65_HS1-834228961_62-HQ-83894_Section_9
Agency: FBI
Page 192
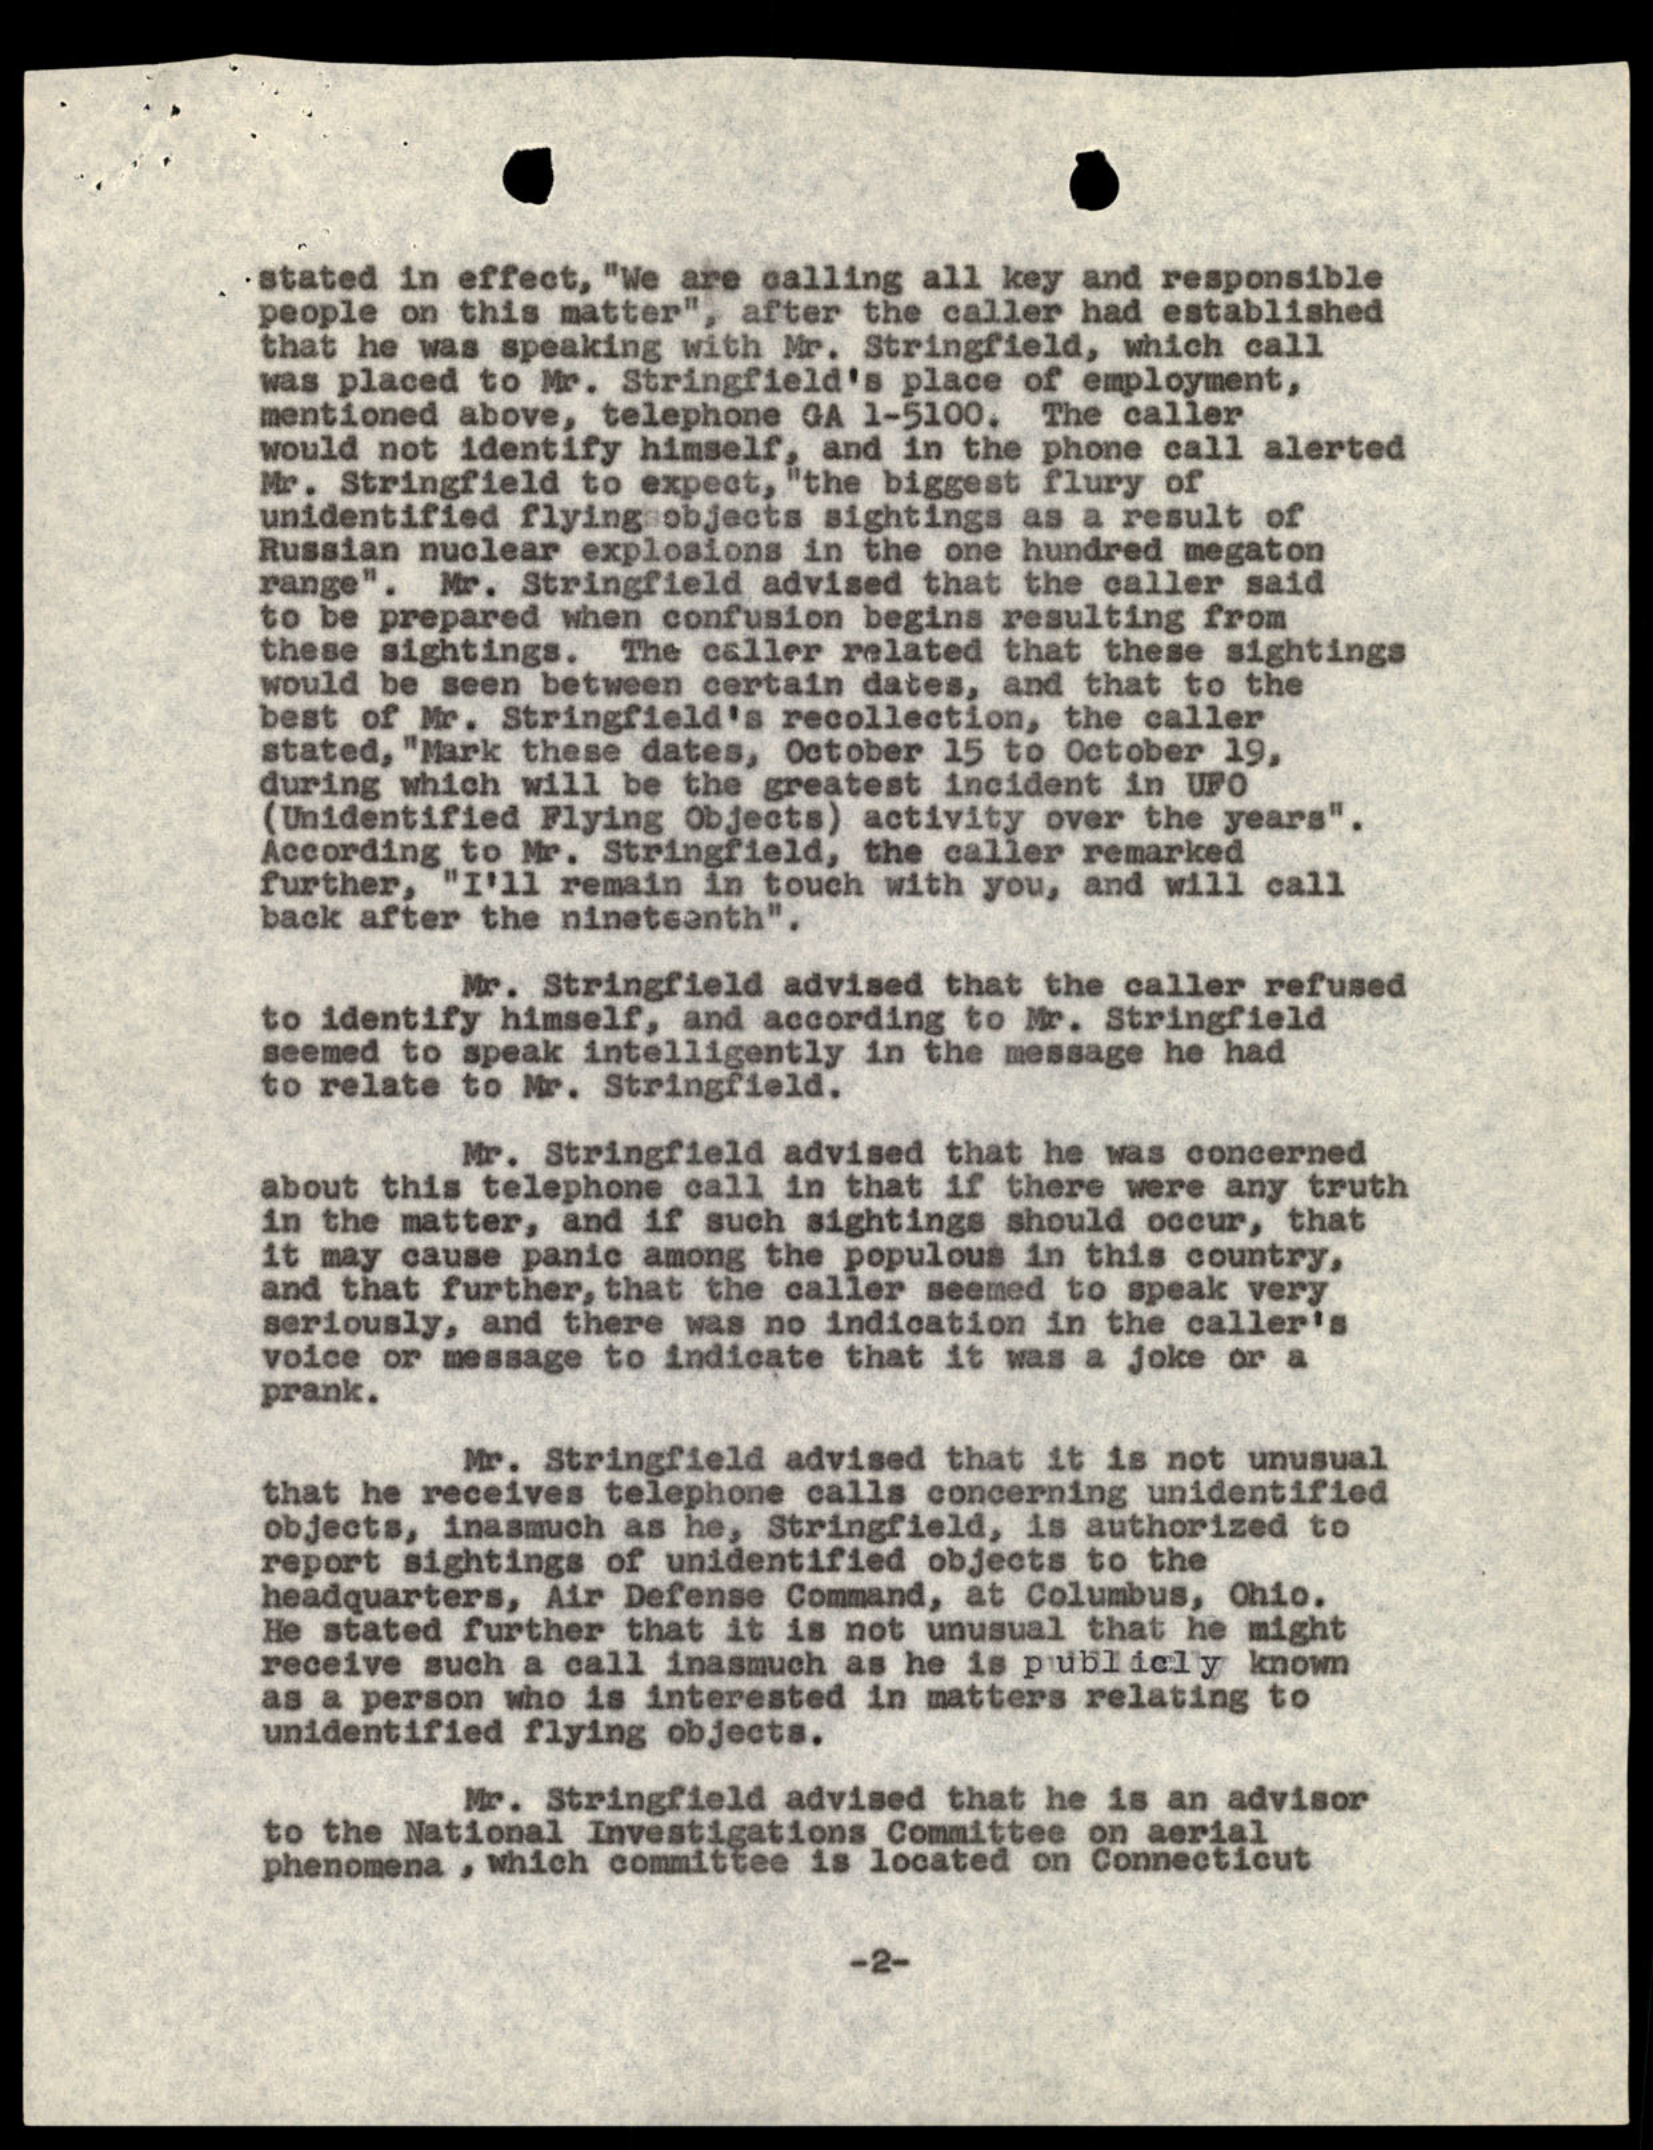